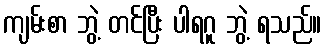
ကျမ်းစာ ဘွဲ့ တင်ပြီး ပါရဂူ ဘွဲ့ ရသည်။